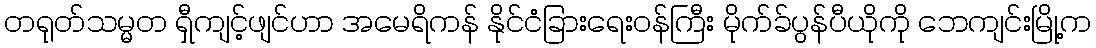
တရုတ်သမ္မတ ရှီကျင့်ဖျင်ဟာ အမေရိကန် နိုင်ငံခြားရေးဝန်ကြီး မိုက်ခ်ပွန်ပီယိုကို ဘေကျင်းမြို့က